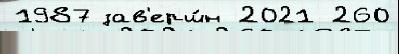
1987 зав'ерш́н 2021 260